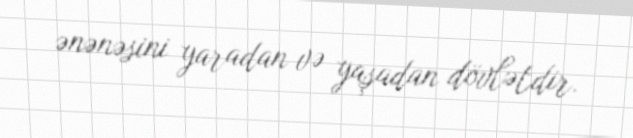
ənənəsini yaradan və yaşadan dövlətdir.